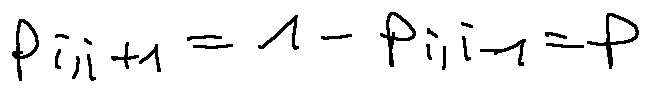
p _ { i , i + 1 } = 1 - p _ { i , i - 1 } = p